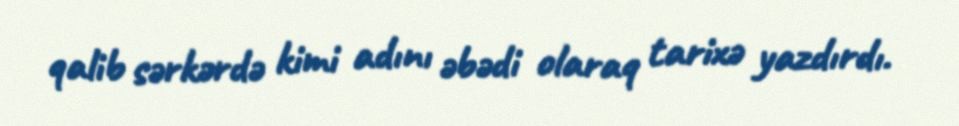
qalib sərkərdə kimi adını əbədi olaraq tarixə yazdırdı.